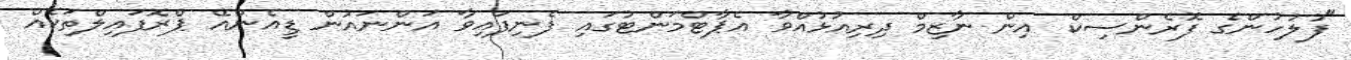
"ފުލުހުންގެ ފޮރެންސިކް އިން ނާޒިމް ދިރިއުޅުއްވާ އެޕާޓްމަންޓުގައި ފެނިފައިވާ އަންނައުން ޑީއެންއޭ ޕްރޮފައިލްތަކެއް